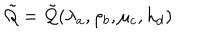
LaTeX: \tilde { { \cal Q } } = \tilde { { \cal Q } } ( \lambda _ { a } , \rho _ { b } , \mu _ { c } , h _ { d } )